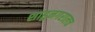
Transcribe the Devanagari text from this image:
शाहूनगरालच